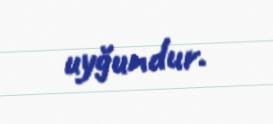
uyğundur.